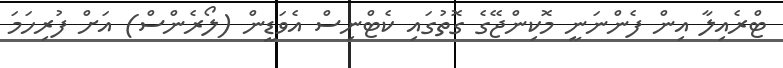
ޓްރެއިލާ އިން ފެންނަނީ މޮކިންޖޭގެ ގޮތުގައި ކެޓްނިސް އެވަޑީން (ލޯރެންސް) އަށް ފުރިހަމަ